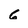
Character: 6